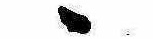
ゝ